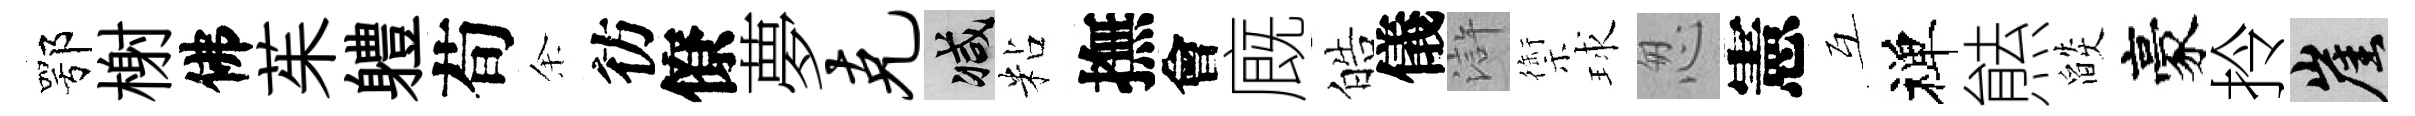
鄂榭佛茱軆荀余彷僚夢克减粘撫會廐皓儀滸禦球怱憲互禅㷱燄豪拎崖